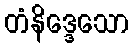
တံနိဒ္ဒေသော